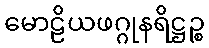
မောဠိယဖဂ္ဂုနရိဋ္ဌဉ္စ